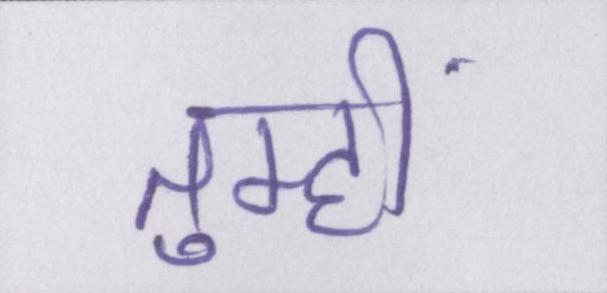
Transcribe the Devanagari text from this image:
तुम्हीं